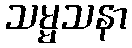
သမ္မသနာ